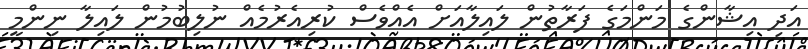
އަދި އިޝާންގެ މަންމަގެ ފަރާތުން ލައިލާއަށް އެއްވެސް ކުރިއެރުމެއް ނުލިބުމުން ލައިލާ ނިންމީ